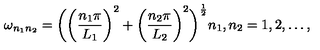
\omega _ { n _ { 1 } n _ { 2 } } = \biggl ( \biggl ( \frac { n _ { 1 } \pi } { L _ { 1 } } \biggr ) ^ { 2 } + \biggl ( \frac { n _ { 2 } \pi } { L _ { 2 } } \biggr ) ^ { 2 } \biggr ) ^ { \frac { 1 } { 2 } } n _ { 1 } , n _ { 2 } = 1 , 2 , \dots ,